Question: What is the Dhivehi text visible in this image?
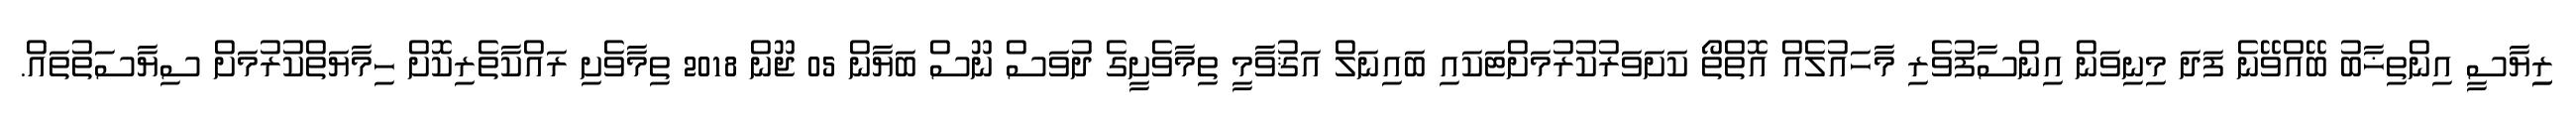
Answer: ރިިޔާސީ އިންތިޚާބު ބޭއްވޭނެ ފަދަ މިނިވަން އިންސާފުވެރި މާހައުލެއް އޮތްތޯ ކަށަވަރުކުރުމަށްޓަކައި ބައިނަލް އަޤުވާމީ ތިމާވެށީގެ ދުވަސް ނޫސް ބަޔާން 05 ޖޫން 2018 ތިމާވެށި ރައްކާތެރިކޮށް ހިމާޔަތްކުރުމަށް ސިޔާސަތުތައް.